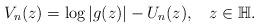
LaTeX: \begin{align*}V_n(z) = \log|g(z)|- U_n(z),\:\:\:\:z\in\mathbb H.\end{align*}